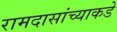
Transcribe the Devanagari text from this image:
रामदासांच्याकडे